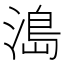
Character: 𰜬